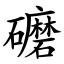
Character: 礳